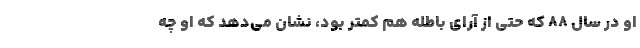
او در سال ۸۸ که حتی از آرای باطله هم کمتر بود، نشان می‌دهد که او چه